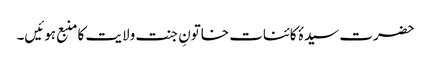
حضرت سیدۂ کائنات خاتونِ جنت ولایت کا منبع ہوئیں۔